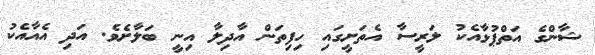
ޝާންގެ އަތްޕުޅާއެކު ލަރީސާ އެތަށީގައި ހިފިތަން އާދިލާ އިނީ ބަލާށެވެ. އަދި އެއާއެކު